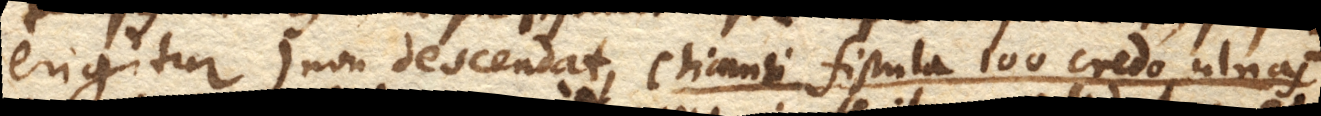
erigitur) non descendat, etiamsi fistula 100 credo ulnas